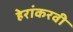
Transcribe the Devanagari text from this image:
हेरांकरवी